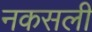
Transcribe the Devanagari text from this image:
नकसली